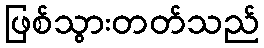
ဖြစ်သွားတတ်သည်